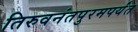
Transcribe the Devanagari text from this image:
तिरुवनंतपुरमपर्यंत